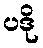
ပဒို